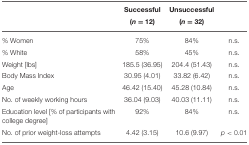
<table><thead><tr><td></td><td><b>Successful (<i>n</i> = 12)</b></td><td><b>Unsuccessful (<i>n</i> = 32)</b></td><td></td></tr></thead><tbody><tr><td>% Women</td><td>75%</td><td>84%</td><td>n.s.</td></tr><tr><td>% White</td><td>58%</td><td>45%</td><td>n.s.</td></tr><tr><td>Weight [lbs]</td><td>185.5 (36.95)</td><td>204.4 (51.43)</td><td>n.s.</td></tr><tr><td>Body Mass Index</td><td>30.95 (4.01)</td><td>33.82 (6.42)</td><td>n.s.</td></tr><tr><td>Age</td><td>46.42 (15.40)</td><td>45.28 (10.84)</td><td>n.s.</td></tr><tr><td>No. of weekly working hours</td><td>36.04 (9.03)</td><td>40.03 (11.11)</td><td>n.s.</td></tr><tr><td>Education level [% of participants with college degree]</td><td>92%</td><td>84%</td><td>n.s.</td></tr><tr><td>No. of prior weight-loss attempts</td><td>4.42 (3.15)</td><td>10.6 (9.97)</td><td><i>p</i> &lt; 0.01</td></tr></tbody></table>